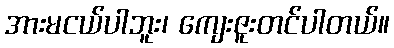
အားမငယ်ပါဘူး၊ ကျေးဇူးတင်ပါတယ်။